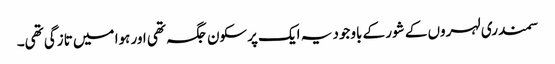
سمندری لہروں کے شور کے باوجود یہ ایک پرسکون جگہ تھی اور ہوا میں تازگی تھی۔